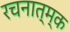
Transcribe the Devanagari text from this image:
रचनात्म्क